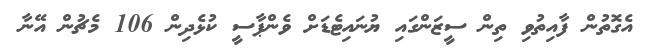
އެގޮތުން ފާއިތުވި ތިން ސީޒަންގައި ޔުނައިޓެޑަށް ވެންޕާސީ ކުޅެދިން 106 މެޗުން އޭނާ